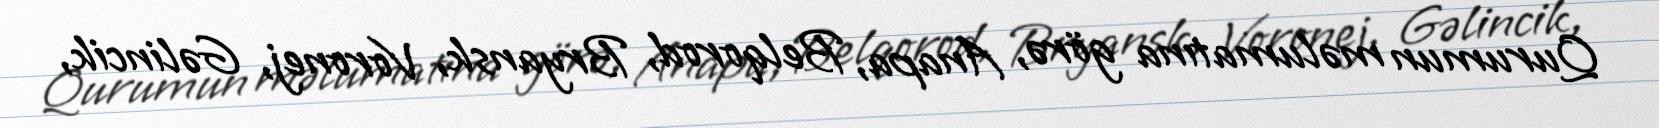
Qurumun məlumatına görə, Anapa, Belqorod, Bryansk, Voronej, Gəlincik,